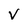
Character: v